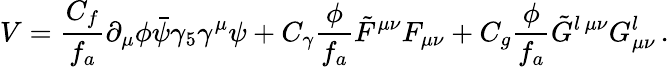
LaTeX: V=\frac{C_{f}}{f_{a}}\partial_{\mu}\phi\bar{\psi}\gamma_{5}\gamma^{\mu}\psi+C_{\gamma}\frac{\phi}{f_{a}}\tilde{F}^{\mu\nu}F_{\mu\nu}+C_{g}\frac{\phi}{f_{a}}\tilde{G}^{l\, \mu\nu}G_{\mu\nu}^{l}\, .